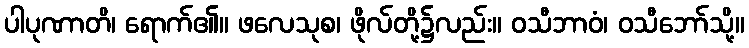
ပါပုဏာတိ၊ ရောက်၏။ ဖလေသုစ၊ ဖိုလ်တို့၌လည်း။ ဝသီဘာဝံ၊ ဝသီဘော်သို့။